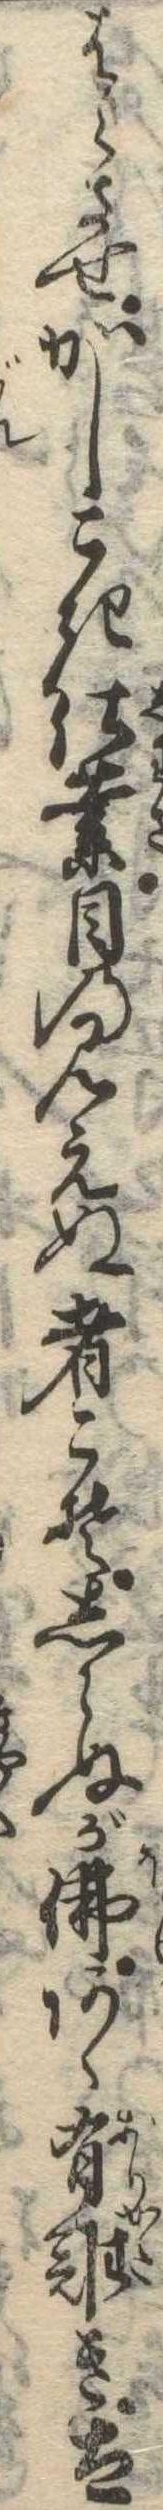
はらさせかしこき仕業目の見えぬ者こそしらぬが仏あゝ有難き太